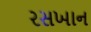
રસખાન